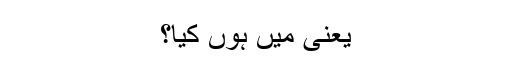
یعنی میں ہوں کیا؟